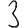
Digit: 3